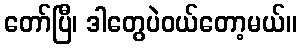
တော်ပြီ၊ ဒါတွေပဲဝယ်တော့မယ်။